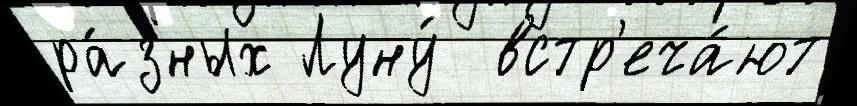
ра́зных Луну́  встр'еча́ют